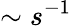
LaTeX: \sim s^{-1}